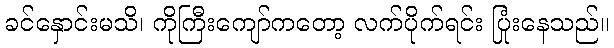
ခင်နှောင်းမသိ၊ ကိုကြီးကျော်ကတော့ လက်ပိုက်ရင်း ပြုံးနေသည်။